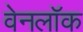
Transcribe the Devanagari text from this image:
वेनलॉक